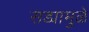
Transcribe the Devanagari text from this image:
सड्यामुळे